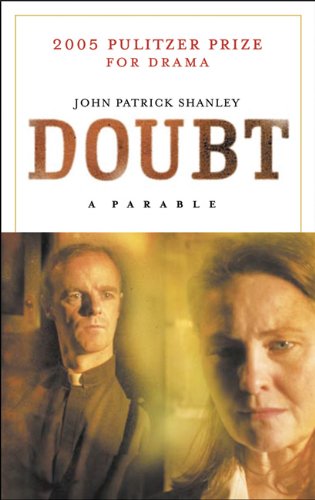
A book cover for Doubt: A Parable; John Patrick Shanley; Christian Books & Bibles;